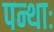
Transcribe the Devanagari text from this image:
पन्थाः